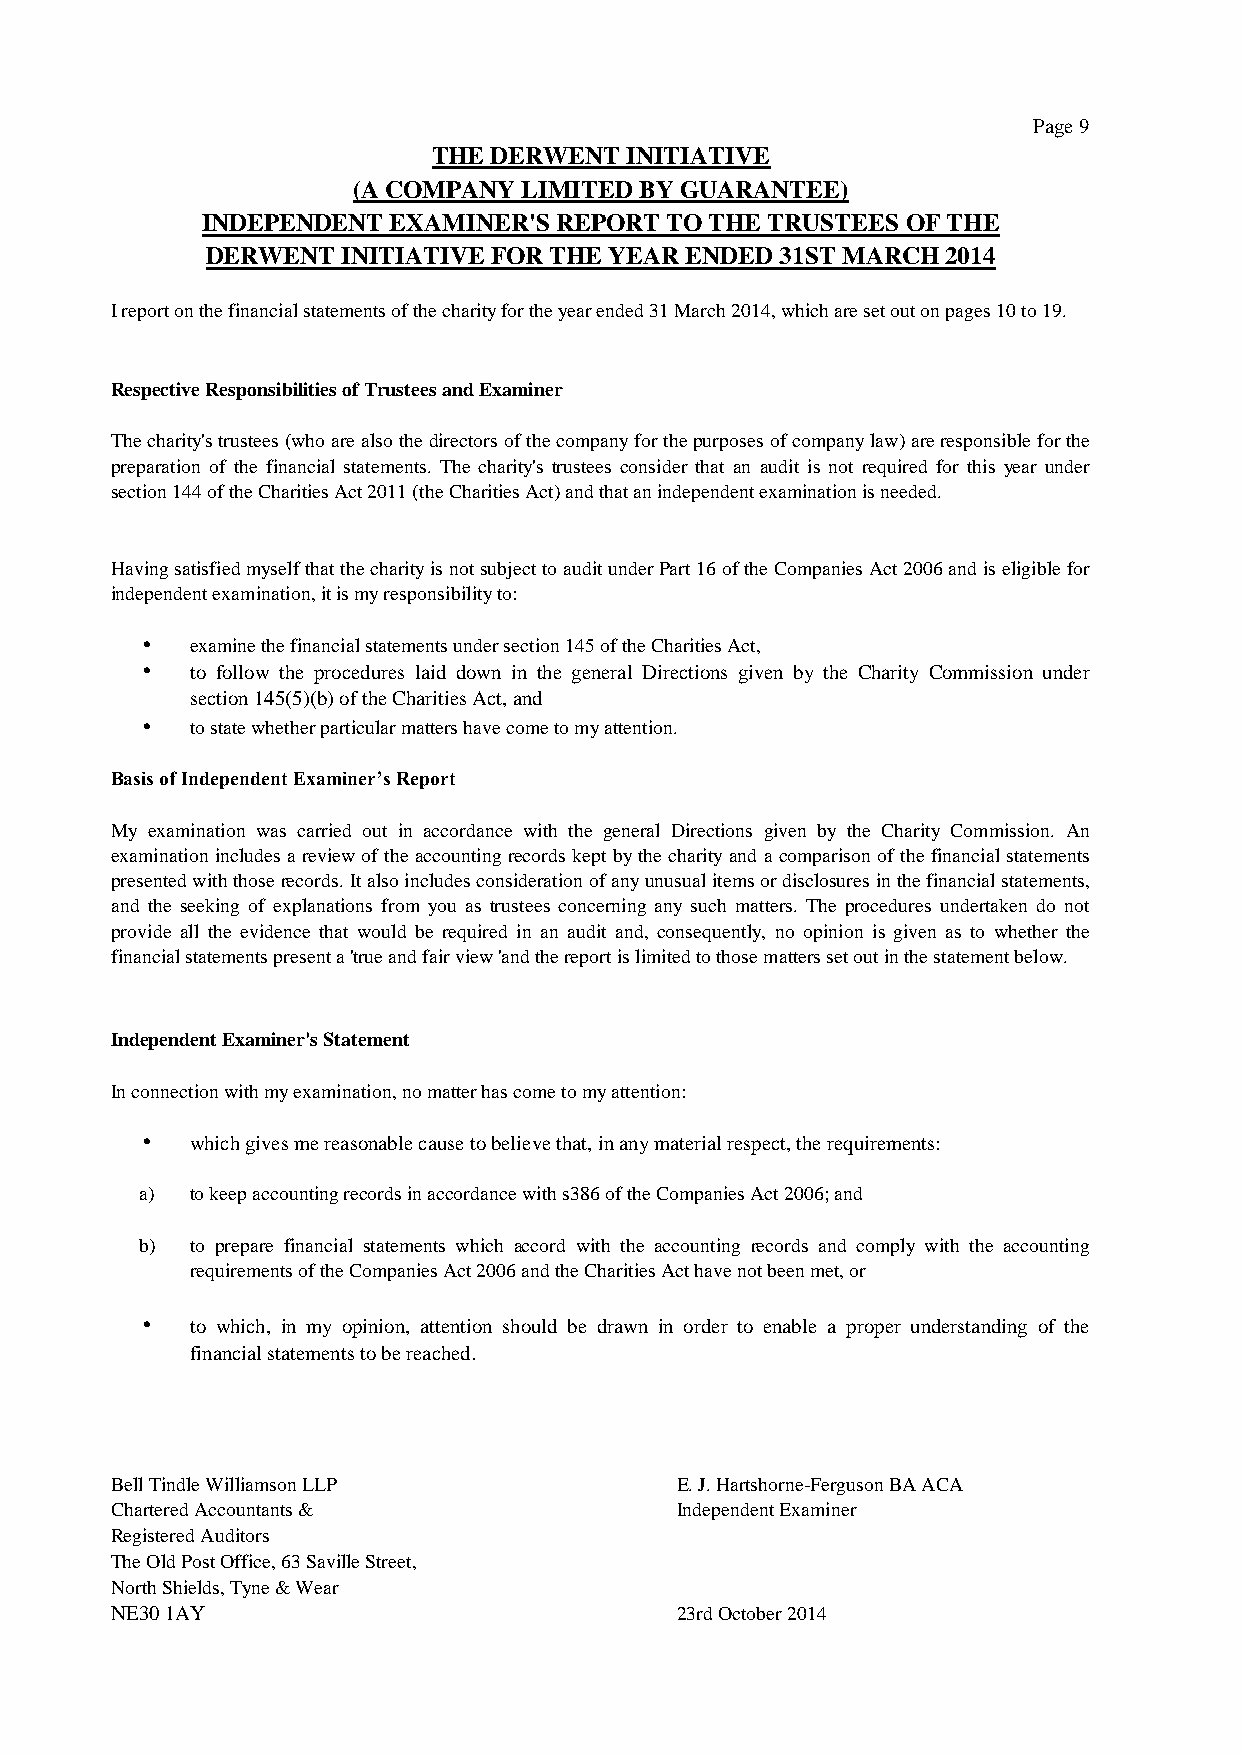
Page 9
 THE DERWENT INITIATIVE
 (A COMPANY  LIMITED BY GUARANTEE)
 INDEPENDENT  EXAMINER'S REPORT TO THE TRUSTEES OF THE
 DERWENT  INITIATIVE FOR THE YEAR ENDED 31ST MARCH 2014
 I report on the financial statements of the charity for the year ended 31 March 2014, which are set out on pages 10 to 19.
 Respective Responsibilities of Trustees and Examiner
 Thecharity'strustees(whoarealsothedirectorsofthecompanyforthepurposesofcompanylaw)areresponsibleforthe
 preparation of the financial statements. The charity's trustees consider that an audit is not required for this year under
 section 144 of the Charities Act 2011 (the Charities Act) and that an independent examination is needed.
 HavingsatisfiedmyselfthatthecharityisnotsubjecttoauditunderPart16oftheCompaniesAct2006andiseligiblefor
 independent examination, it is my responsibility to:
    examine the financial statements under section 145 of the Charities Act,
    to follow the procedures laid down in the general Directions given by the Charity Commission under
 section 145(5)(b) of the Charities Act, and
    to state whether particular matters have come to my attention.
 Basis of Independent Examiner’s Report
 My examination was carried out in accordance with the general Directions given by the Charity Commission. An
 examinationincludesareviewof theaccounting recordskept bythe charityand acomparison ofthefinancialstatements
 presentedwiththoserecords.Italsoincludesconsiderationofanyunusualitemsordisclosuresinthefinancialstatements,
 and the seeking of explanations from you as trustees concerning any such matters. The procedures undertaken do not
 provide all the evidence that would be required in an audit and, consequently, no opinion is given as to whether the
 financial statements present a 'true and fair view 'and the report is limited to those matters set out in the statement below.
 Independent Examiner's Statement
 In connection with my examination, no matter has come to my attention:
    which gives me reasonable cause to believe that, in any material respect, the requirements:
 a)  to keep accounting records in accordance with s386 of the Companies Act 2006; and
 b)  to prepare financial statements which accord with the accounting records and comply with the accounting
 requirements of the Companies Act 2006 and the Charities Act have not been met, or
    to which, in my opinion, attention should be drawn in order to enable a proper understanding of the
 financial statements to be reached.
 Bell Tindle Williamson LLP            E. J. Hartshorne-Ferguson BA ACA
 Chartered Accountants &               Independent Examiner
 Registered Auditors
 The Old Post Office, 63 Saville Street,
 North Shields, Tyne & Wear
 NE30 1AY                              23rd October 2014